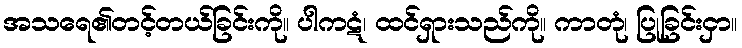
အသရေ၏တင့်တယ်ခြင်းကို။ ပါကဋံ၊ ထင်ရှားသည်ကို။ ကာတုံ၊ ပြုခြင်းငှာ။